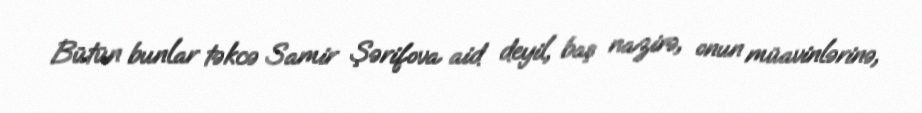
Bütün bunlar təkcə Samir Şərifova aid deyil, baş nazirə, onun müavinlərinə,